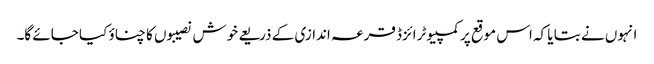
انہوں نے بتا یا کہ اس موقع پر کمپیوٹرائزڈ قرعہ اندازی کے ذریعے خوش نصیبوں کا چناؤ کیا جائے گا۔